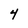
Character: 4